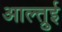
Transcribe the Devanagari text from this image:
आल्त्रुई